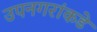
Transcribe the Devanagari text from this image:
उपनगरांकडे